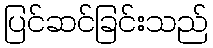
ပြင်ဆင်ခြင်းသည်